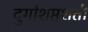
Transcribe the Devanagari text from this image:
दुर्गाशप्तशती